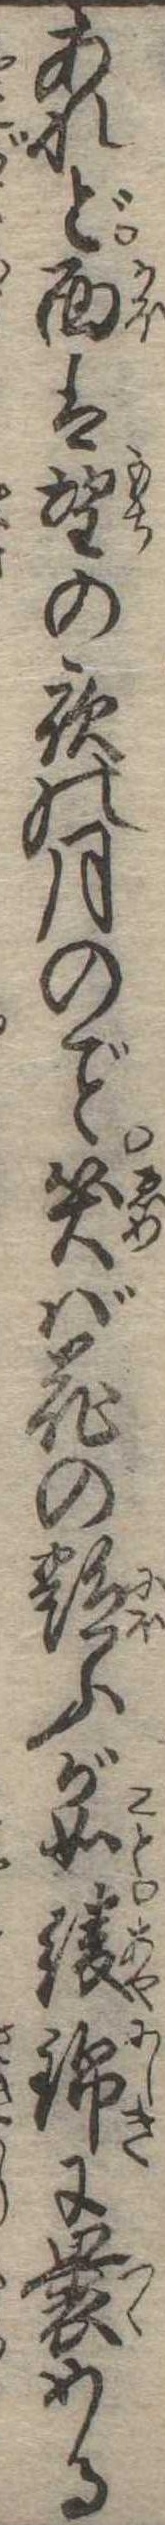
あれど面は望の夜の月の笑ば花の艶ふが如綾錦に裹める